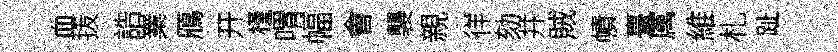
血㧞誥嶪鴈开槿喟幅㑹襲親徉劾井賊幘臺厲維札趾